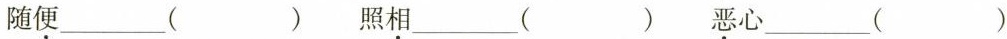
随便___( ) 照相___( ) 恶心___( )